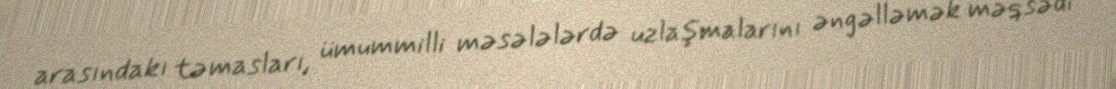
arasındakı təmasları, ümummilli məsələlərdə uzlaşmalarını əngəlləmək məqsədi